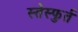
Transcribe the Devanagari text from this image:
स्तेस्फुर्त